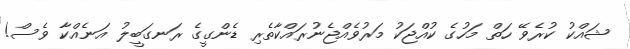
ޝައްކު ކުރެވޭ ހަތް މަހުގެ ކުއްޖަކު މަރުވެއްޖެނުރައްކާތެރި ޑެންގީގެ ރަނގަބީލު އަނެއްކާ ވެސް!